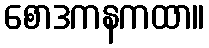
စောဒကနကထာ။